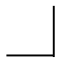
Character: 𠃎